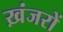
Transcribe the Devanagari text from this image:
ख़ंजरों